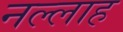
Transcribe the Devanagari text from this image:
नल्‍लाह